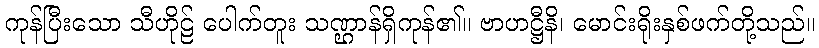
ကုန်ပြီးသော သီဟိုဠ် ပေါက်တူး သဏ္ဌာန်ရှိကုန်၏။ ဗာဟဋ္ဌီနိ၊ မောင်းရိုးနှစ်ဖက်တို့သည်။